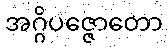
အဂ္ဂိပဇ္ဇောတော